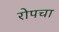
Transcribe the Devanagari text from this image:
रोपचा